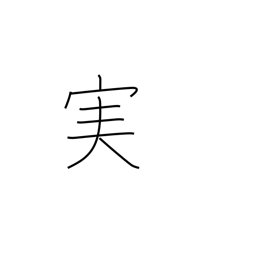
Meaning: fruit